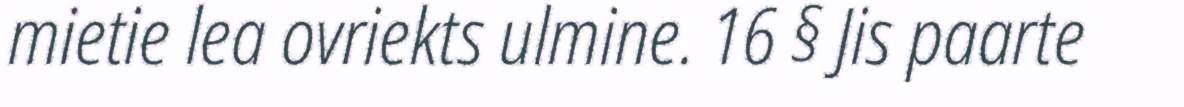
mietie lea ovriekts ulmine. 16 § Jis paarte